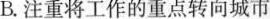
B.注重将工作的重点转向城市